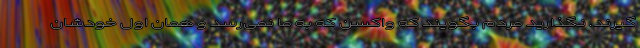
گیرند. نگذارید مردم بگویند که واکسن که به ما نمی‌رسد و همان اول خودشان